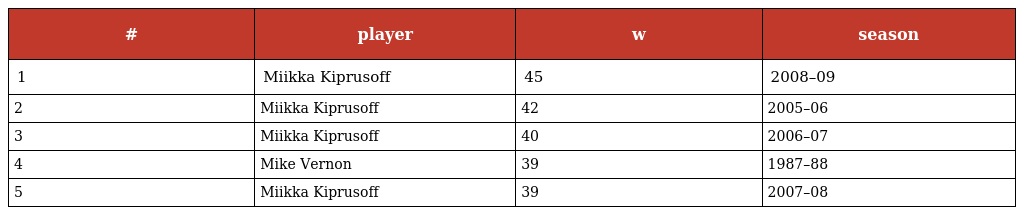
| # | player | w | season |
 | --- | --- | --- | --- |
 | 1 | Miikka Kiprusoff | 45 | 2008–09 |
 | 2 | Miikka Kiprusoff | 42 | 2005–06 |
 | 3 | Miikka Kiprusoff | 40 | 2006–07 |
 | 4 | Mike Vernon | 39 | 1987–88 |
 | 5 | Miikka Kiprusoff | 39 | 2007–08 |